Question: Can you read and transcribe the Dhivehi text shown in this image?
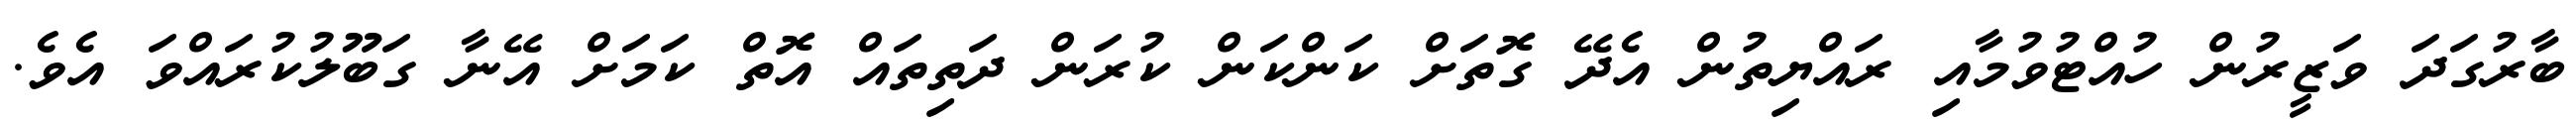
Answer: ބާރުގަދަ ވަޒީރުން ހުއްޓުވުމާއި ރައްޔިތުން އެދޭ ގޮތަށް ކަންކަން ކުރަން ދަތިތައް އޮތް ކަމަށް އޭނާ ގަބޫލުކުރައްވަ އެވެ.